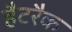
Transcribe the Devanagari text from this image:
हैटरैक